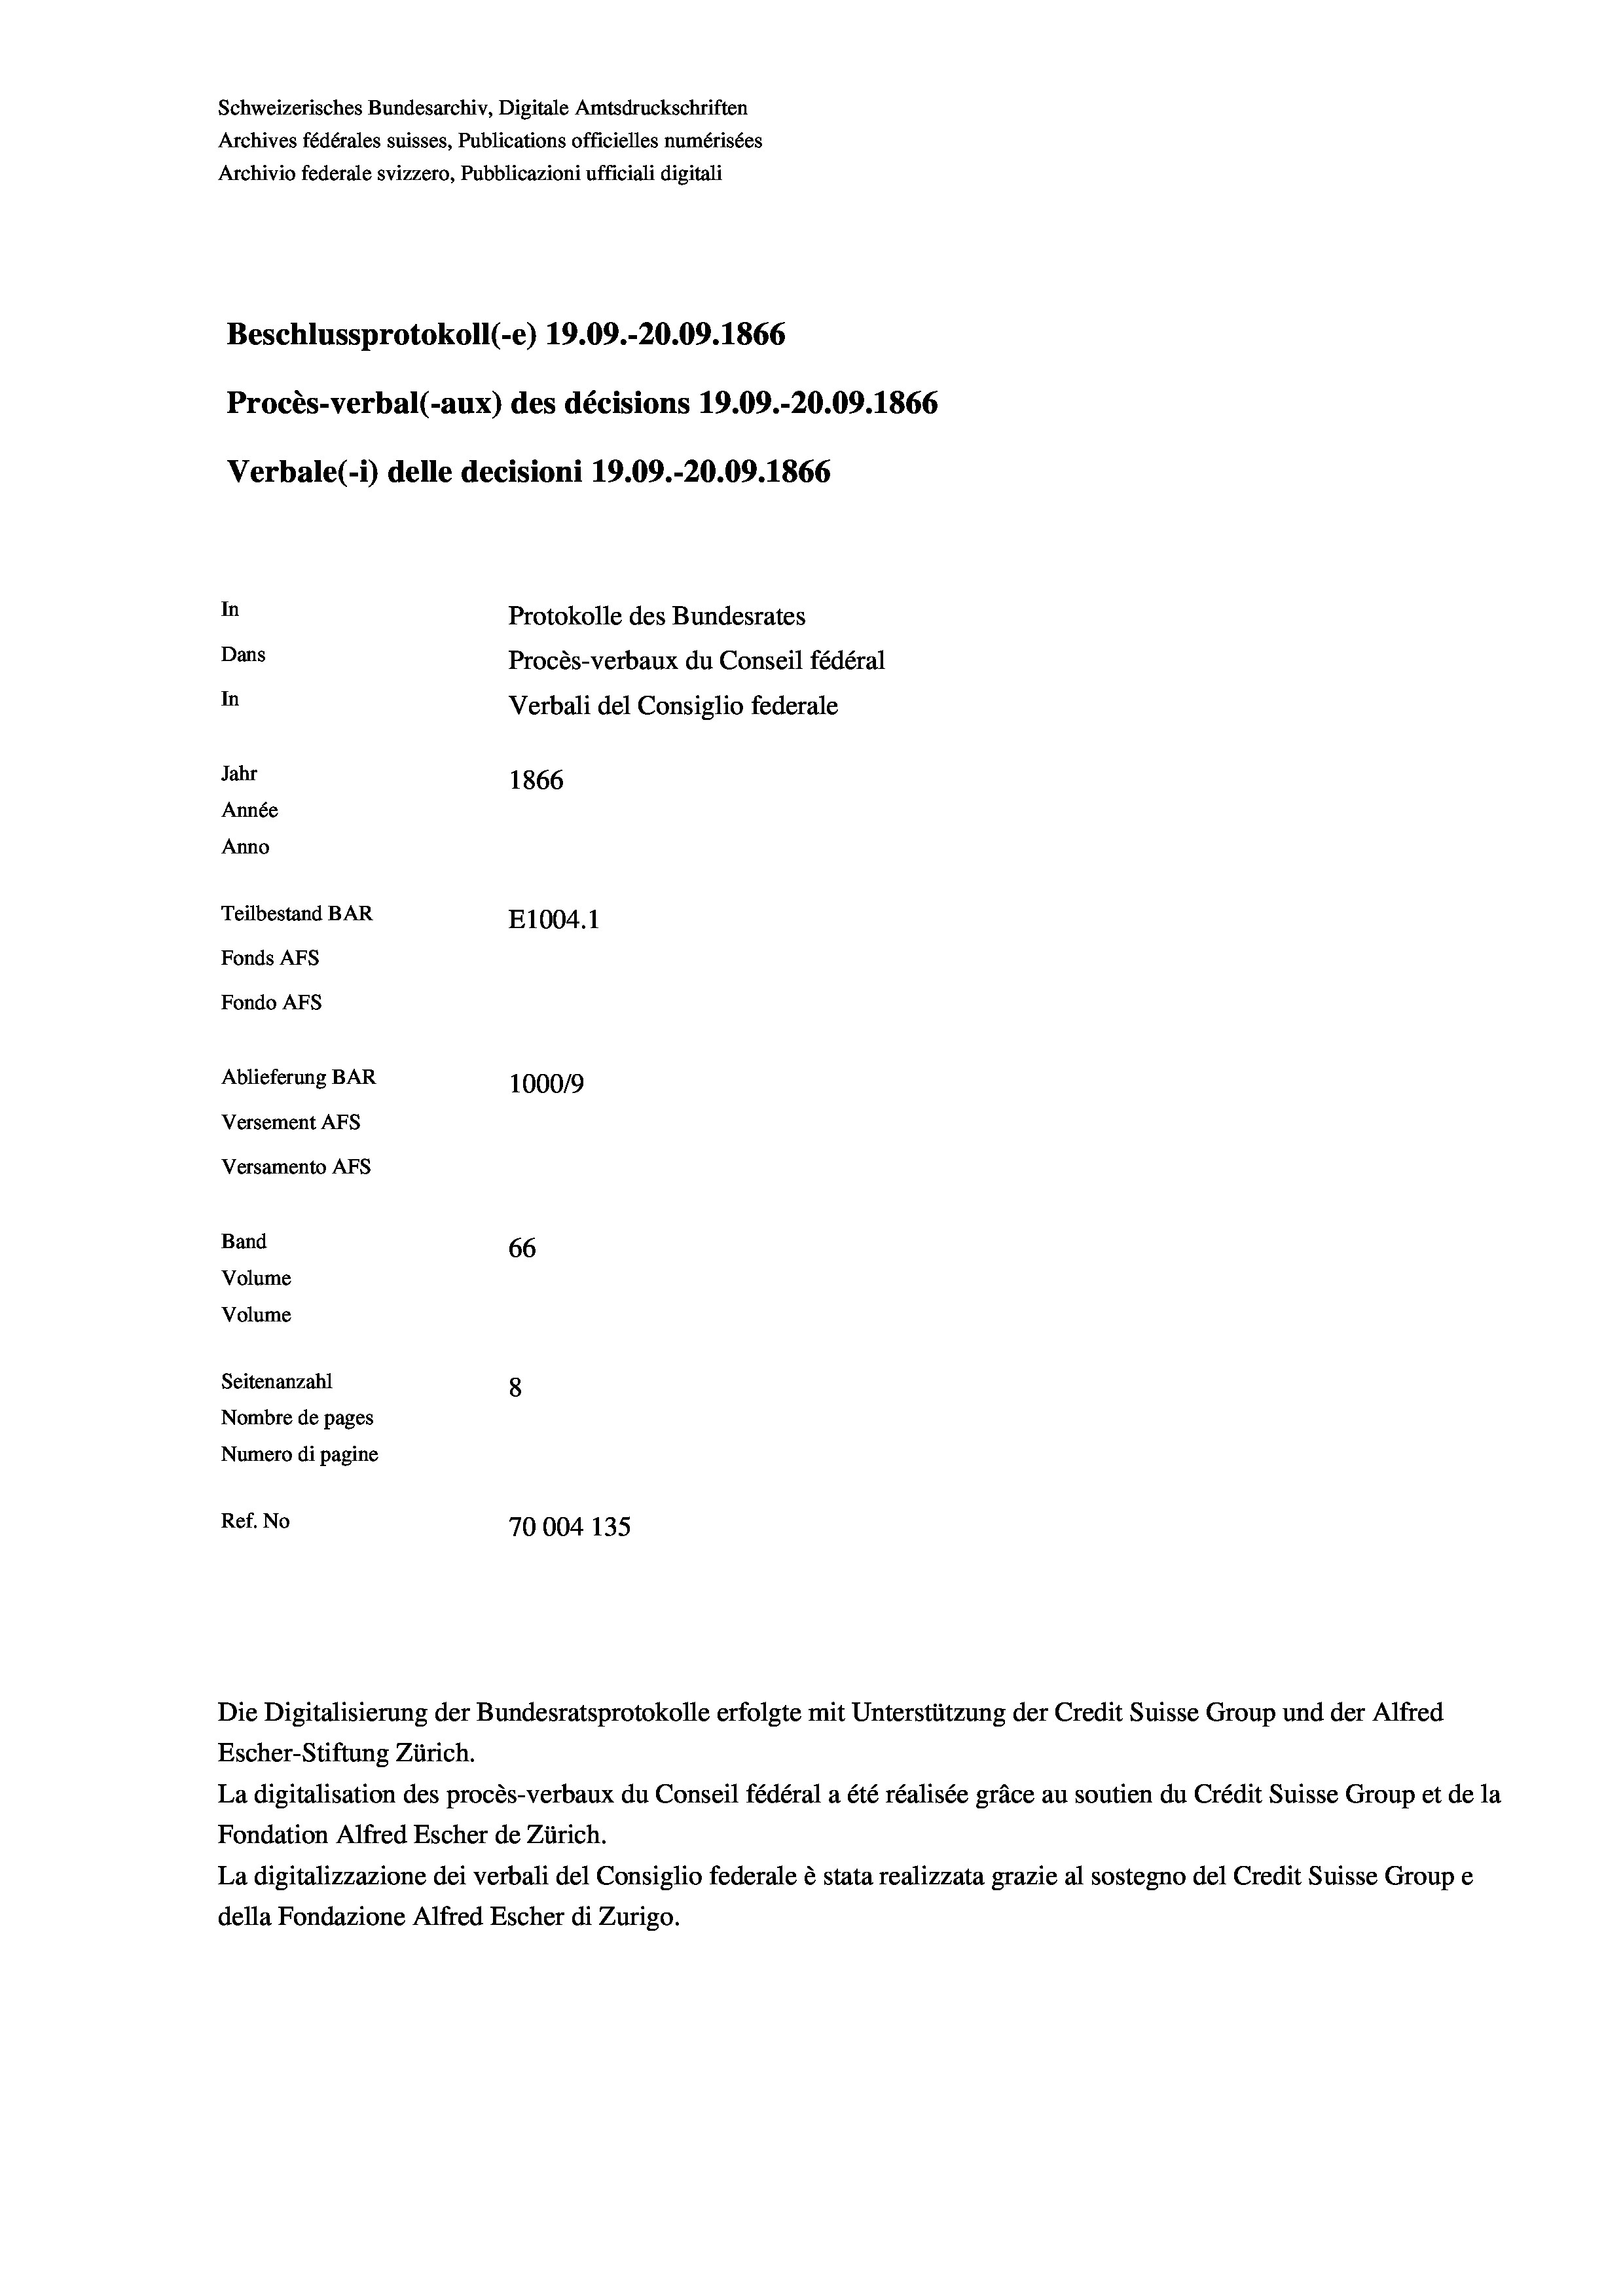
Schweizerisches Bundesarchiv, Digitale Amtsdruckschriften
Archives fédérales suisses, Publications officielles numérisées
Archivio federale svizzero, Pubblicazioni ufficiali digitali
Beschlussprotokoll (-e) 19.09.-20.09. 1866
Procès-verbal (-aux) des décisions 19.09.-20.09. 1866
Verbale (i) delle decisioni 19.09.-20.09. 1866
In
Protokolle des Bundesrates
Dans
Procès-verbaux du Conseil fédéral
In
Verbali del Consiglio federale
Jahr
1866
Année
Anno
Teilbestand BAR
E1004.1
Fonds AFs
Fondo AFS
Ablieferung BAR
100019
Versement AFs
Versamento AFs
Band
66
Volume
Volume
Seitenanzahl
8
Nombre de pages
Numero di pagine
Ref. No
70004 135

Escher-Stiftung Zürich.
La digitalisation des procès-verbaux du Conseil fédéral a été réalisée gräce au soutien du Crédit Suisse Group et de la
Fondation Alfred Escher de Zürich.
La digitalizzazione dei verbali del Consiglio federale è stata realizzata grazie al sostegno del Credit Suisse Groupe
della Fondazione Alfred Escher di Zurigo.

Die Digitalisierung der Bundesratsprotokolle erfolgte mit Unterstützung der Credit Suisse Group und der Alfred